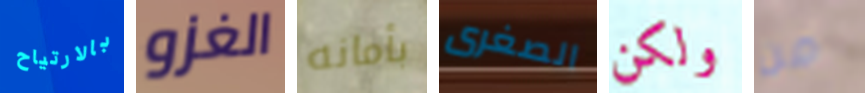
بالارتياح الغزو بأمانه الصغرى ولكن من